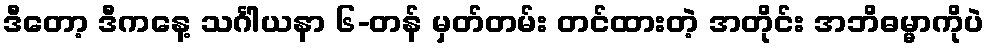
ဒီတော့ ဒီကနေ့ သင်္ဂါယနာ ၆-တန် မှတ်တမ်း တင်ထားတဲ့ အတိုင်း အဘိဓမ္မာကိုပဲ